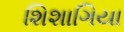
શિશાગિયા